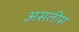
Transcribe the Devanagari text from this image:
असलीस